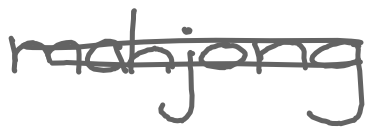
Text: mahjong
Cross-out: mix
Writing tool: digital_gray